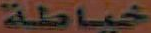
خياطة